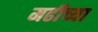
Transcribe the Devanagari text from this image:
मढीच्या